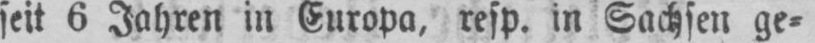
seit 6 Jahren in Europa, resp. in Sachsen ge⸗